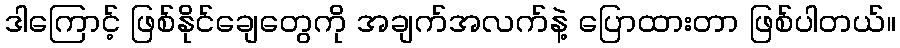
ဒါကြောင့် ဖြစ်နိုင်ချေတွေကို အချက်အလက်နဲ့ ပြောထားတာ ဖြစ်ပါတယ်။